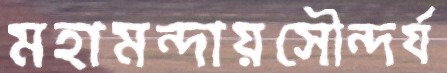
মহামন্দায়সৌন্দর্য